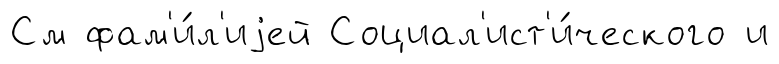
См фам'и́л'иjей Социал'ист'и́ческого и